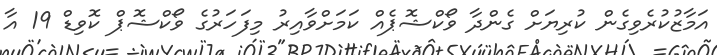
އަމާޒުކުރެވިގެން ކުރިޔަށް ގެންދާ ވޯކްޝޮޕެއް ކަމަށްވާއިރު މިފަހަރުގެ ވޯކްޝޮޕް ކޮވިޑް 19 އާ